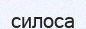
силоса